Bombay plague: being a history of the progress of plague in the Bombay presidency from September 1896 to June 1899
Year: 1896
Disease focus: Plague
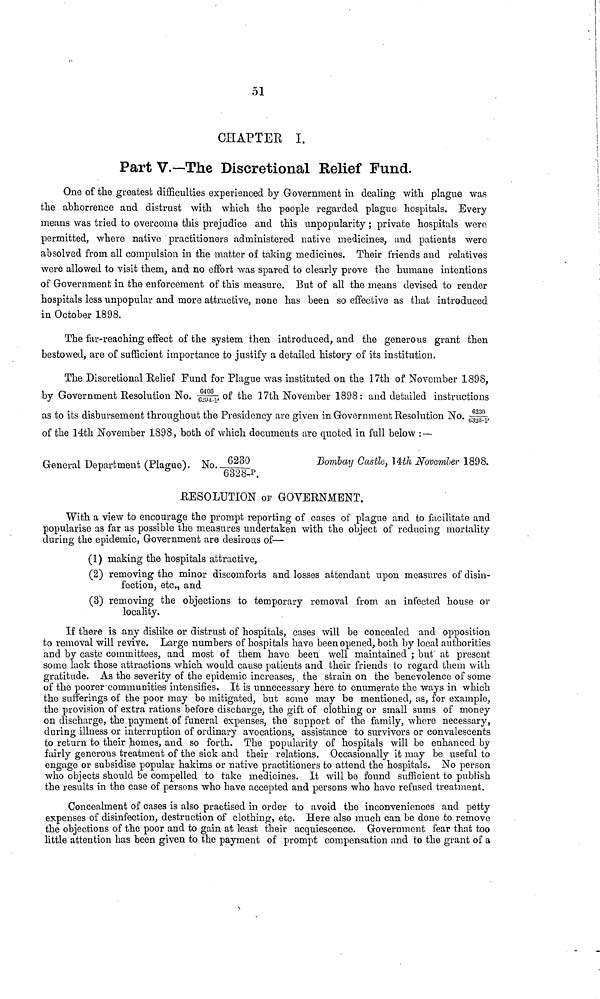
51
CHAPTER I.
Part V.—The Discretional Relief Fund.
One of the greatest difficulties experienced by Government in dealing with plague was
the abhorrence and distrust with which the people regarded plague hospitals. Every
means was tried to overcome this prejudice and this unpopularity ; private hospitals were
permitted, where native practitioners administered native medicines, and patients were
absolved from all compulsion in the matter of taking medicines. Their friends and relatives
were allowed to visit them, and no effort was spared to clearly prove the humane intentions
of Government in the enforcement of this measure. But of all the means devised to render
hospitals less unpopular and more attractive, none has been so effective as that introduced
in October 1898.
The far-reaching effect of the system then introduced, and the generous grant then
bestowed, are of sufficient importance to justify a detailed history of its institution.
The Discretional Relief Fund for Plague was instituted on the 17th of November 1898,
by Government Resolution No. 6406/6294-P of the 17th November 1898: and detailed instructions
as to its disbursement throughout the Presidency are given in Government Resolution No. 6230/6323-P
of the 14th November 1898, both of which documents are quoted in full below :—-
General Department (Plague). No.
6230/6328-P
Bombay Castle, 14th November 1898.
RESOLUTION OF GOVERNMENT.
With a view to encourage the prompt reporting of cases of plague and to facilitate and
popularise as far as possible the measures undertaken with the object of reducing mortality
during the epidemic, Government are desirous of—
(1) making the hospitals attractive,
(2) removing the minor discomforts and losses attendant upon measures of disin-
fection, etc., and
(3) removing the objections to temporary removal from an infected house or
locality.
If there is any dislike or distrust of hospitals, cases will be concealed and opposition
to removal will revive. Large numbers of hospitals have been opened, both by local authorities
and by caste committees, and most of them have been well maintained ; but at present
some lack those attractions which would cause patients and their friends to regard them with
gratitude. As the severity of the epidemic increases, the strain on the benevolence of some
of the poorer communities intensifies. It is unnecessary here to enumerate the ways in which
the sufferings of the poor may be mitigated, but some may be mentioned, as, for example,
the provision of extra rations before discharge, the gift of clothing or small sums of money
on discharge, the payment of funeral expenses, the support of the family, where necessary,
during illness or interruption of ordinary avocations, assistance to survivors or convalescents
to return to their homes, and so forth. The popularity of hospitals will be enhanced by
fairly generous treatment of the sick and their relations. Occasionally it may be useful to
engage or subsidise popular hakims or native practitioners to attend the hospitals. No person
who objects should be compelled to take medicines. It will be found sufficient to publish
the results in the case of persons who have accepted and persons who have refused treatment.
Concealment of cases is also practised in order to avoid the inconveniences and petty
expenses of disinfection, destruction of clothing, etc. Here also much can be done to remove
the objections of the poor and to gain at least their acquiescence. Government fear that too
little attention has been given to the payment of prompt compensation and to the grant of a